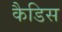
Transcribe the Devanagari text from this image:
कैडिस